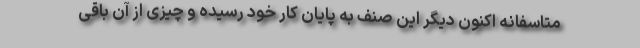
متاسفانه اکنون دیگر این صنف به پایان کار خود رسیده و چیزی از آن باقی